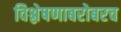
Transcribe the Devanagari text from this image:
विश्लेषणाबरोबरच